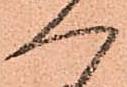
へ